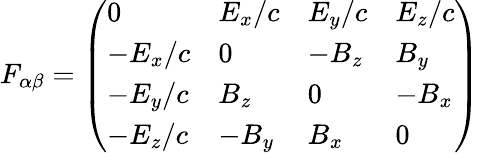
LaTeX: F_{\alpha\beta}=\left({\begin{array}{llll}{0}&{E_{x}/c}&{E_{y}/c}&{E_{z}/c}\\ {-E_{x}/c}&{0}&{-B_{z}}&{B_{y}}\\ {-E_{y}/c}&{B_{z}}&{0}&{-B_{x}}\\ {-E_{z}/c}&{-B_{y}}&{B_{x}}&{0}\end{array}}\right)